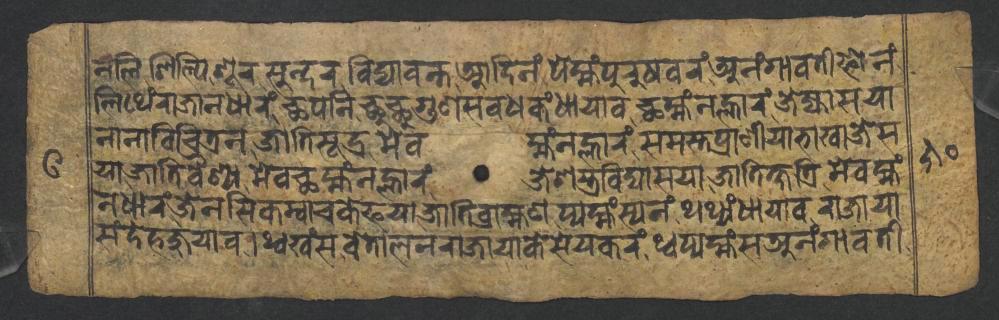
𑐣𑐮𑐶𑐱𑐶𑐮𑑂𑐥𑐶𑐱𑐹𑐬𑐳𑐸𑐣𑑂𑐡𑐬𑐰𑐶𑐡𑑂𑐫𑐵𑐰𑐣𑑂𑐟𑐁𑐡𑐶𑐣𑑄𑐥𑐾𑐩𑑂𑐴𑑄𑐥𑐸𑐬𑐸𑐲𑐰𑐬𑑄𑐀𑐣𑑄𑐐𑐵𑐰𑐟𑐷𑐦𑑀𑐣𑑄 𑐮𑐶𑐠𑐾𑑄𑐬𑐵𑐖𑐵𑐣𑐢𑐵𑐬𑑄𑐕𑐥𑐣𑐶𑐕𑐸𑐕𑐸𑐐𑐸𑐞𑐳𑐰𑐢𑐎𑑄𑐢𑐵𑐫𑐵𑐰𑐕𑐩𑑂𑐴𑑄𑐣𑐮𑑂𑐴𑐵𑐬𑑄𑐖𑐾𑐖𑑂𑐫𑐵𑐳𑐫𑐵 𑐣𑐵𑐣𑐵𑐰𑐶𑐔𑐶𑐟𑑂𑐬𑐣𑐖𑐵𑐟𑐶𑐳𑐹𑐡𑑂𑐬𑐩𑐾𑐰𑐩𑑂𑐴𑑄𑐣𑐮𑑂𑐴𑐵𑐬𑑄𑐳𑐩𑐳𑑂𑐟𑐥𑑂𑐬𑐵𑐞𑐷𑐫𑐵𑐨𑐵𑐏𑐵𑐖𑐾𑐳 𑐫𑐵𑐖𑐵𑐟𑐶𑐰𑐿𑐱𑑂𑐫𑐩𑐾𑐰𑐕𑐩𑑂𑐴𑑄𑐣𑐮𑑂𑐴𑐵𑐬𑑄𑐖𑐾𑐱𑐳𑑂𑐟𑑂𑐬𑐰𑐶𑐡𑑂𑐫𑐵𑐳𑐫𑐵𑐖𑐵𑐟𑐶𑐎𑑂𑐲𑐟𑑂𑐬𑐶𑐩𑐾𑐰𑐩𑑂𑐴𑑄 𑐣𑐢𑐵𑐬𑑄𑐖𑐾𑐣𑐳𑐶𑐎𑐩𑑂𑐰𑐵𑐔𑐎𑐾𑐦𑐫𑐵𑐖𑐵𑐟𑐶𑐧𑑂𑐬𑐵𑐴𑑂𑐩𑐞𑐥𑑂𑐫𑐩𑑂𑐴𑑄𑐳𑑂𑐫𑐣𑑄𑐠𑐠𑑂𑐫𑑄𑐢𑐵𑐫𑐵𑐰𑐬𑐵𑐖𑐵𑐫𑐵 𑐳𑑄𑐡𑐾𑐴𑐖𑐸𑐫𑐵𑐰𑑋𑐠𑑂𑐰𑐏𑑄𑐳𑐰𑐾𑐟𑐵𑐮𑐣𑐬𑐵𑐖𑐵𑐫𑐵𑐎𑐾𑐳𑐾𑐫𑐎𑐬𑑄𑐠𑑂𑐰𑐥𑑂𑐫𑐩𑑂𑐴𑑄𑐳𑐀𑐣𑑄𑐐𑐵𑐰𑐟𑐷